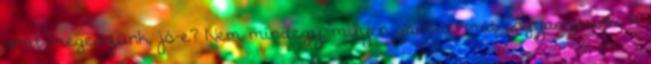
amit megeszünk, jó-e? Nem mindegy, milyen ganodermát fogyasztunk. A